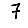
Digit: 7